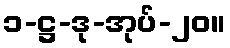
၁-ဋ္ဌ-ဒု-အုပ်-၂၀။